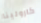
كارولينا